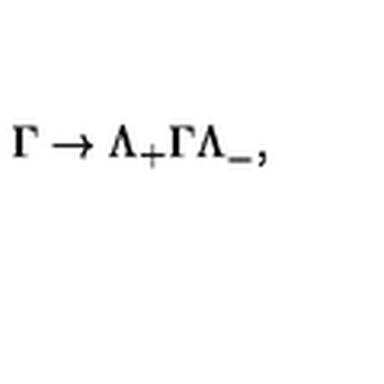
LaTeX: \Gamma \to \Lambda _ { + } \Gamma \Lambda _ { - } ^ { } ,